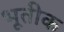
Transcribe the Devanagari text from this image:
भूतीक